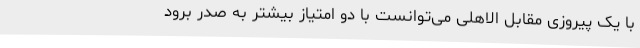
با یک پیروزی مقابل الاهلی می‌توانست با دو امتیاز بیشتر به صدر برود